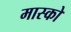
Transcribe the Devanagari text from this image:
मास्‍को